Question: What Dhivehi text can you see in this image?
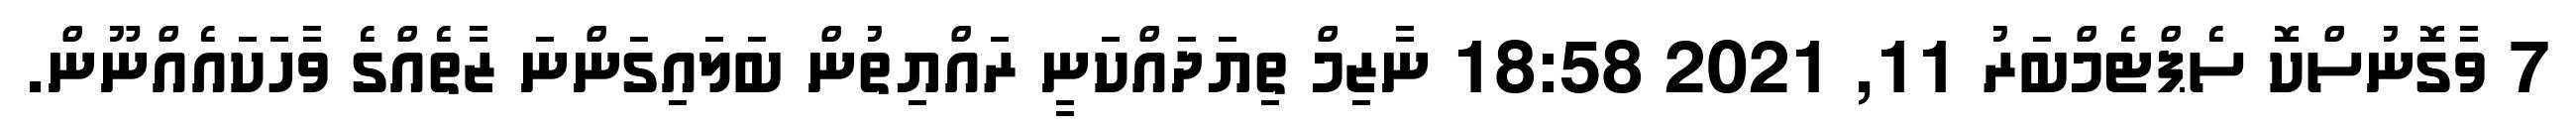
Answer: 7 ވާގޮނުސްކޮ ސެޕްޓެމްބަރު 11, 2021 18:58 ނާޒިމް ތިޔަދައްކަނީ ރައްޔިތުން ބަލައިގަންނަ ޒާތެއްގެ ވާހަކައެއްނޫން.